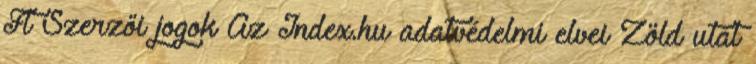
Ft Szerzői jogok Az Index.hu adatvédelmi elvei Zöld utat